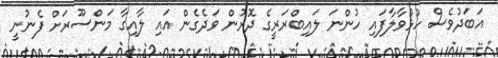
އަބަދުވެސް ހުޅުވާލާފައި ހުންނަ ލައިބްރަރީގެ ދޮރުން ވަދެގެން އައި ލާއިގާ މަންސޫރަށް ފެނުނީ